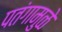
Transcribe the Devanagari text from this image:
पतंगामुळे